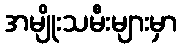
အမျိုးသမီးများမှာ